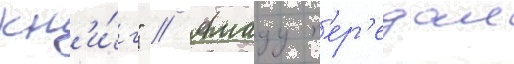
кн'и́г" // Амаду п'ер'едал